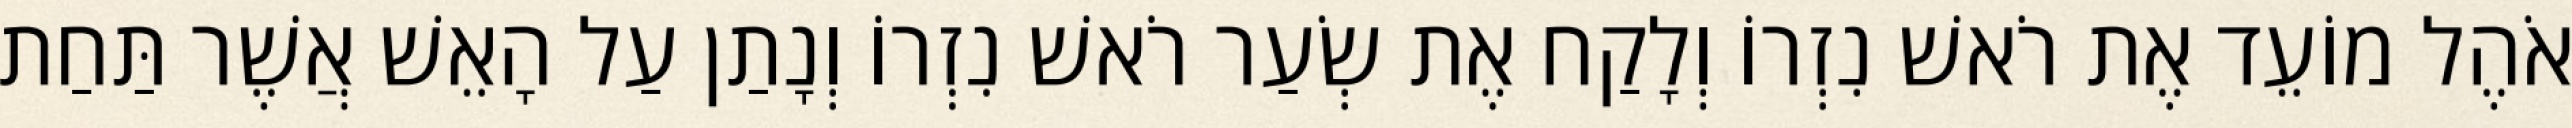
אֹהֶל מוֹעֵד אֶת רֹאשׁ נִזְרוֹ וְלָקַח אֶת שְׂעַר רֹאשׁ נִזְרוֹ וְנָתַן עַל הָאֵשׁ אֲשֶׁר תַּחַת